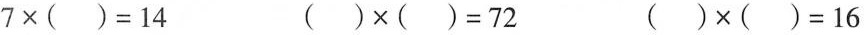
$$7 \times ( ) = 1 4$$ $$( ) \times ( ) = 7 2$$ $$( ) \times ( ) = 1 6$$